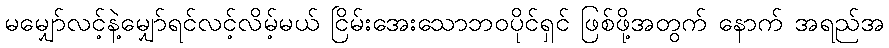
မမျှော်လင့်နဲ့မျှော်ရင်လင့်လိမ့်မယ် ငြိမ်းအေးသောဘဝပိုင်ရှင် ဖြစ်ဖို့အတွက် နောက် အရည်အ